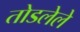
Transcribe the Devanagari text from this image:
तोडलेले